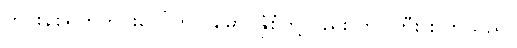
တင်းနစ်ရိုက်ကွင်းပေါ်တွင် မောင်နှံစုံတို့လည်း ကပွဲကြီး စကြသည်။